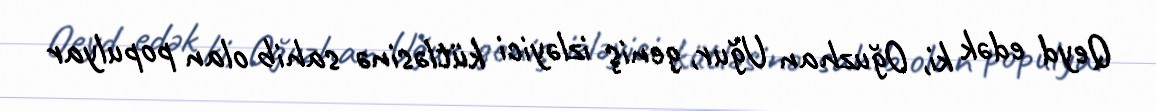
Qeyd edək ki, Oğuzhan Uğur, geniş izləyici kütləsinə sahib olan populyar